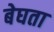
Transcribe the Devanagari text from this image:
बेघता